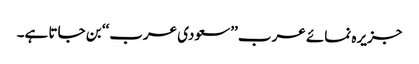
جزیرہ نمائے عرب ’’سعودی عرب‘‘ بن جاتا ہے۔